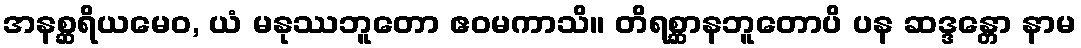
အနစ္ဆရိယမေဝ, ယံ မနုဿဘူတော ဧဝမကာသိ။ တိရစ္ဆာနဘူတောပိ ပန ဆဒ္ဒန္တော နာမ